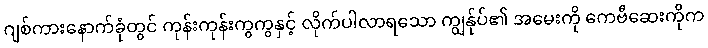
ဂျစ်ကားနောက်ခုံတွင် ကုန်းကုန်းကွကွနှင့် လိုက်ပါလာရသော ကျွန်ုပ်၏ အမေးကို ကေဗီဆေးကိုက